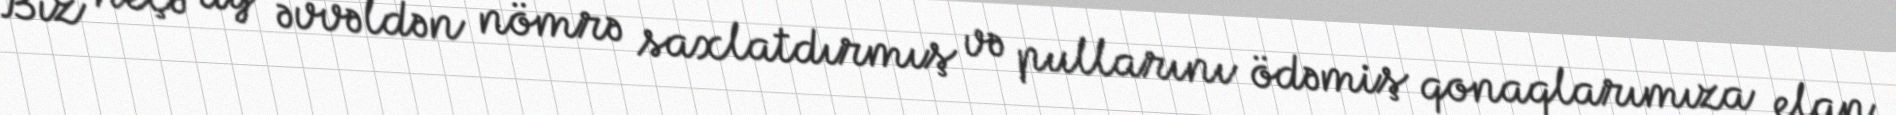
Biz neçə ay əvvəldən nömrə saxlatdırmış və pullarını ödəmiş qonaqlarımıza elan